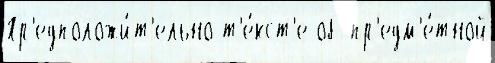
Пр'едположи́т'ельно т'е́кст'е об пр'едм'е́тной